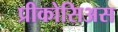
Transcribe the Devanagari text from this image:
प्रीकोसिअस